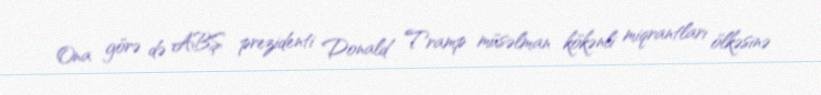
Ona görə də ABŞ prezidenti Donald Tramp müsəlman kökənli miqrantları ölkəsinə